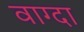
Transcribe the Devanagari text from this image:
वाग्दा